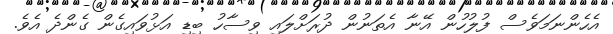
އެހެންނަމަވެސް ފުލުހުން އޭނާ އެތަނުން ދުރަށްލައި ވިސާހު ބިޑި އަޅުވައިގެން ގެންދެ އެވެ.